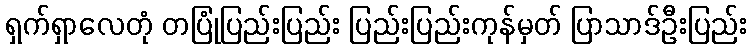
ရှက်ရှာလေတုံ တပြုံပြည်းပြည်း ပြည်းပြည်းကုန်မှတ် ပြာသာဒ်ဦးပြည်း